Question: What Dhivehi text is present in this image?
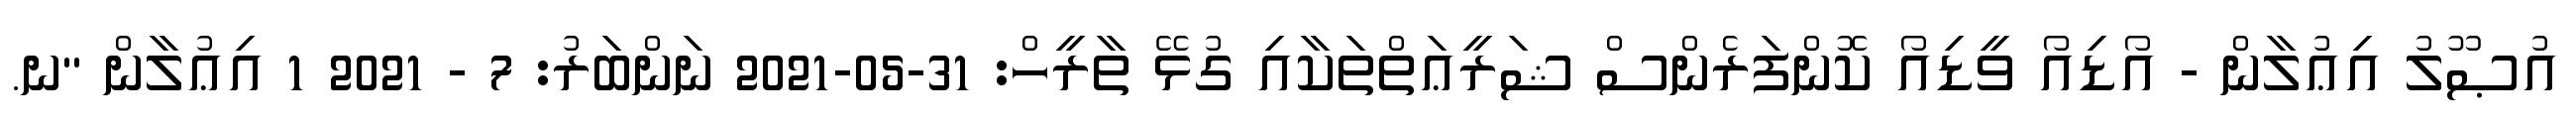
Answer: އުޞޫލު އިޢުލާން - އޯޑިއޯ ވީޑިއޯ ކޮންފަރެންސް ޝަރީޢަތްތަކާއި ގުޅޭ ތާރީހް: 31-05-2021 ނަންބަރު: 7 - 2021 1 އިޢުލާން "ނ.